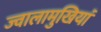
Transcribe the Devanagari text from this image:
ज्वालामुखियां